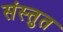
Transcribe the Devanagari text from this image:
संस्‍तुत